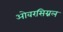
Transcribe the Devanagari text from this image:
ओवरसिग्नल